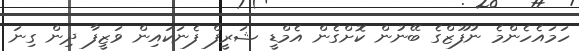
ހަމައެހެންމެ ނުފޫޒްގެ ބޭނުން ކޮށްގެން އެމްޑީ ޝަރީފް ފެނަކައިން ވަޒީފާ ދިން ގިނަ